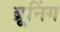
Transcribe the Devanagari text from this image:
ब्रूनिंग